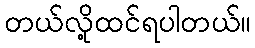
တယ်လို့ထင်ရပါတယ်။